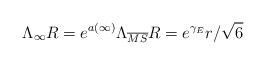
LaTeX: \begin{align*}\Lambda _{\infty} R = e ^{a(\infty)} \Lambda _{\overline{MS}} R = e ^{\gamma _E} r / \sqrt{6}\end{align*}